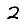
Digit: 2